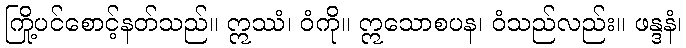
ကြို့ပင်စောင့်နတ်သည်။ ဣဿံ၊ ဝံကို။ ဣသောစပန၊ ဝံသည်လည်း။ ဖန္ဒနံ၊